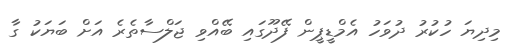
މިދިޔަ ހުކުރު ދުވަހު އެމްޑީޕީން ފޭދޫގައި ބޭއްވި ޖަލްސާތެރެ އަށް ބަޔަކު ގާ